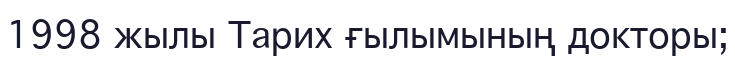
1998 жылы Тарих ғылымының докторы;